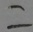
=